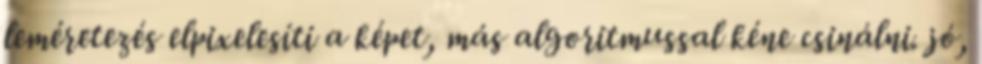
leméretezés elpixelesíti a képet, más algoritmussal kéne csinálni. jó,